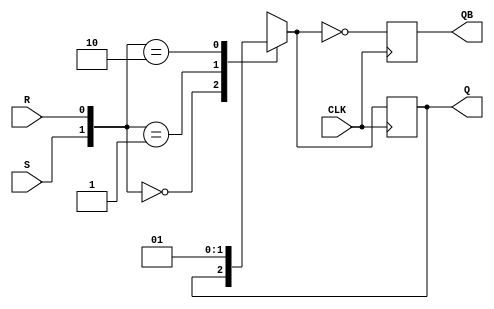
module SR_ff(Q,QB,S,R,CLK);
	input S,R,CLK;
	output Q,QB;
	reg Q,QB;
	always @(posedge CLK)
	begin
		case({S,R})
		2'b00:Q=Q;
		2'b01:Q=0;
		2'b10:Q=1;
		2'b11:Q=1'bx;
		endcase 
	QB=~Q;
	end
endmodule